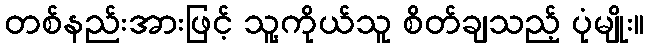
တစ်နည်းအားဖြင့် သူ့ကိုယ်သူ စိတ်ချသည့် ပုံမျိုး။